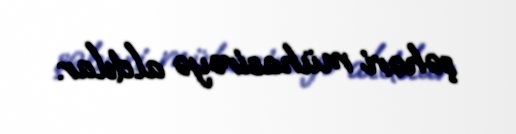
şəhəri mühasirəyə aldılar.